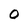
Character: 0